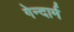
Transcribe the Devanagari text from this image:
गेन्दार्म